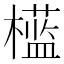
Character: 𣞎